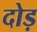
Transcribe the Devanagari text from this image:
दोड़